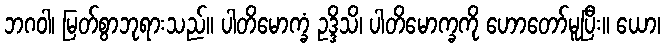
ဘဂဝါ၊ မြတ်စွာဘုရားသည်။ ပါတိမောက္ခံ ဥဒ္ဒိသိ၊ ပါတိမောက္ခကို ဟောတော်မူပြီး။ ယော၊